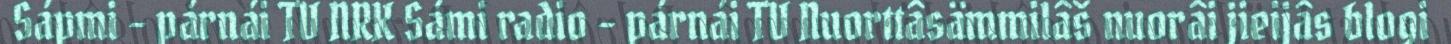
Sápmi - párnái TV NRK Sámi radio - párnái TV Nuorttâsämmilâš nuorâi jieijâs blogi